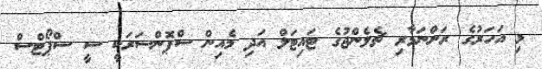
މި އަހަރުގެ ރަންނަމާރި ޗެލެންޖުގެ ޓައިޓަލް އަދި މެއިން ސްޕޮންސަރަކީ ސީ ސްޕޯޓްސް